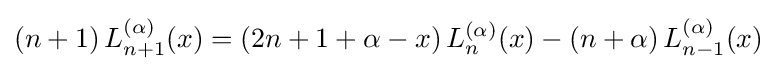
(n+1)\,L_{n+1}^{(\alpha )}(x)=(2n+1+\alpha -x)\,L_{n}^{(\alpha )}(x)-(n+\alpha )\,L_{n-1}^{(\alpha )}(x)